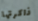
ذاكرتها